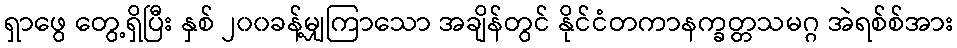
ရှာဖွေ တွေ့ရှိပြီး နှစ် ၂၀၀ခန့်မျှကြာသော အချိန်တွင် နိုင်ငံတကာနက္ခတ္တသမဂ္ဂ အဲရစ်စ်အား